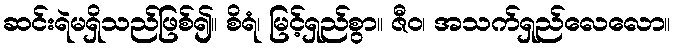
ဆင်းရဲမရှိသည်ဖြစ်၍။ စိရံ၊ မြင့်ရှည်စွာ။ ဇီဝ၊ အသက်ရှည်လေလော။